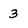
Character: 3